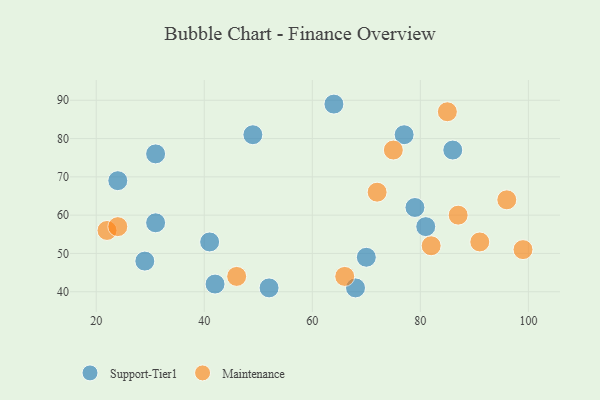
{"axis": {"x": "GDP", "y": "Life Expectancy"}, "legend": ["Maintenance", "Support-Tier1"], "data": [{"x": "77", "y": 81, "type": "Support-Tier1"}, {"x": "68", "y": 41, "type": "Support-Tier1"}, {"x": "24", "y": 69, "type": "Support-Tier1"}, {"x": "42", "y": 42, "type": "Support-Tier1"}, {"x": "64", "y": 89, "type": "Support-Tier1"}, {"x": "31", "y": 76, "type": "Support-Tier1"}, {"x": "79", "y": 62, "type": "Support-Tier1"}, {"x": "86", "y": 77, "type": "Support-Tier1"}, {"x": "81", "y": 57, "type": "Support-Tier1"}, {"x": "31", "y": 58, "type": "Support-Tier1"}, {"x": "49", "y": 81, "type": "Support-Tier1"}, {"x": "41", "y": 53, "type": "Support-Tier1"}, {"x": "52", "y": 41, "type": "Support-Tier1"}, {"x": "70", "y": 49, "type": "Support-Tier1"}, {"x": "29", "y": 48, "type": "Support-Tier1"}, {"x": "82", "y": 52, "type": "Maintenance"}, {"x": "91", "y": 53, "type": "Maintenance"}, {"x": "75", "y": 77, "type": "Maintenance"}, {"x": "66", "y": 44, "type": "Maintenance"}, {"x": "87", "y": 60, "type": "Maintenance"}, {"x": "96", "y": 64, "type": "Maintenance"}, {"x": "99", "y": 51, "type": "Maintenance"}, {"x": "85", "y": 87, "type": "Maintenance"}, {"x": "22", "y": 56, "type": "Maintenance"}, {"x": "24", "y": 57, "type": "Maintenance"}, {"x": "72", "y": 66, "type": "Maintenance"}, {"x": "46", "y": 44, "type": "Maintenance"}]}